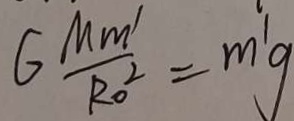
G \frac { M m ^ { \prime } } { R _ { 0 } ^ { 2 } } = m ^ { \prime } g